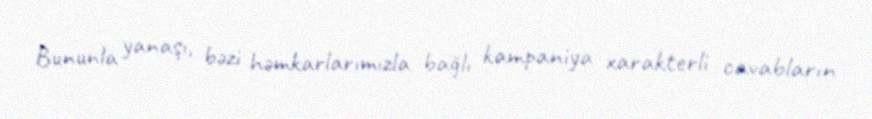
Bununla yanaşı, bəzi həmkarlarımızla bağlı kampaniya xarakterli cavabların